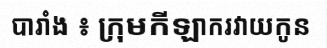
បារាំង ៖ ក្រុមកីឡាករវាយកូន